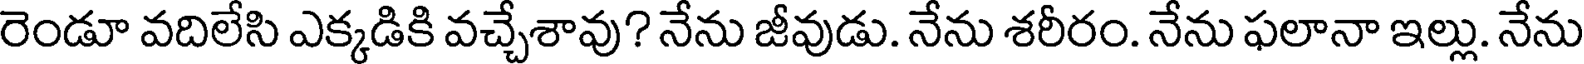
రెండూ వదిలేసి ఎక్కడికి వచ్చేశావు? నేను జీవుడు. నేను శరీరం. నేను ఫలానా ఇల్లు. నేను